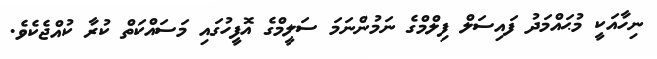
ނިހާއަކީ މުޙައްމަދު ފައިސަލް ފިލްމްގެ ނަމުންނަމަ ސަލީމްގެ އޮފީހުގައި މަސައްކަތް ކުރާ ކުއްޖެކެވެ.